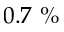
0 . 7 ~ \%